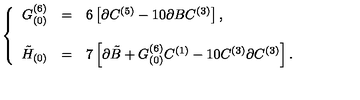
\left\{ \begin{array} { r c l } { G _ { ( 0 ) } ^ { ( 6 ) } } & { = } & { 6 \left[ \partial C ^ { ( 5 ) } - 1 0 \partial B C ^ { ( 3 ) } \right] , } \\ { } & { } & { } \\ { \tilde { H } _ { ( 0 ) } } & { = } & { 7 \left[ \partial \tilde { B } + G _ { ( 0 ) } ^ { ( 6 ) } C ^ { ( 1 ) } - 1 0 C ^ { ( 3 ) } \partial C ^ { ( 3 ) } \right] . } \\ \end{array} \right.